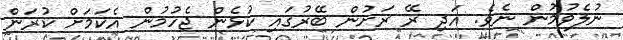
ނުލެވުމުން ނެވެ. އަދި ރޭ ރަށުން ބޭރުގައި ކުޅެން ޖެހުމުން އެކަމަށް ކުރަން